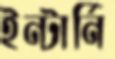
ইন্টার্নি